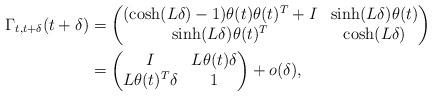
LaTeX: \begin{align*} \Gamma_{t,t+\delta}(t+\delta) &= \begin{pmatrix} (\cosh(L \delta) - 1) \theta(t) \theta(t)^{T} + I & \sinh(L \delta) \theta(t) \\ \sinh(L \delta) \theta(t)^{T} & \cosh (L \delta) \end{pmatrix} \\&= \begin{pmatrix} I & L \theta(t) \delta \\ L \theta(t)^{T} \delta & 1 \end{pmatrix} + o(\delta), \end{align*}